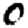
Digit: 0